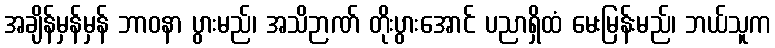
အချိန်မှန်မှန် ဘာဝနာ ပွားမည်၊ အသိဉာဏ် တိုးပွားအောင် ပညာရှိထံ မေးမြန်းမည်၊ ဘယ်သူက